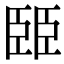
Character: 𦣦